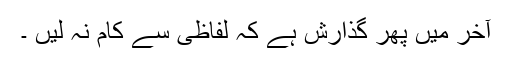
آخر میں پھر گذارش ہے کہ لفاظی سے کام نہ لیں ۔